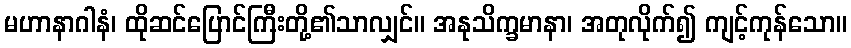
မဟာနာဂါနံ၊ ထိုဆင်ပြောင်ကြီးတို့၏သာလျှင်။ အနုသိက္ခမာနာ၊ အတုလိုက်၍ ကျင့်ကုန်သော။